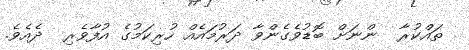
ތައްކުރާ  ންނަށް ބޮޑުވެގެންވާ ދަރުމައެއް ހުރިކަމުގެ އުފާވެރި  ދެއެވެ.